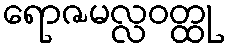
ရောဇမလ္လဝတ္ထု